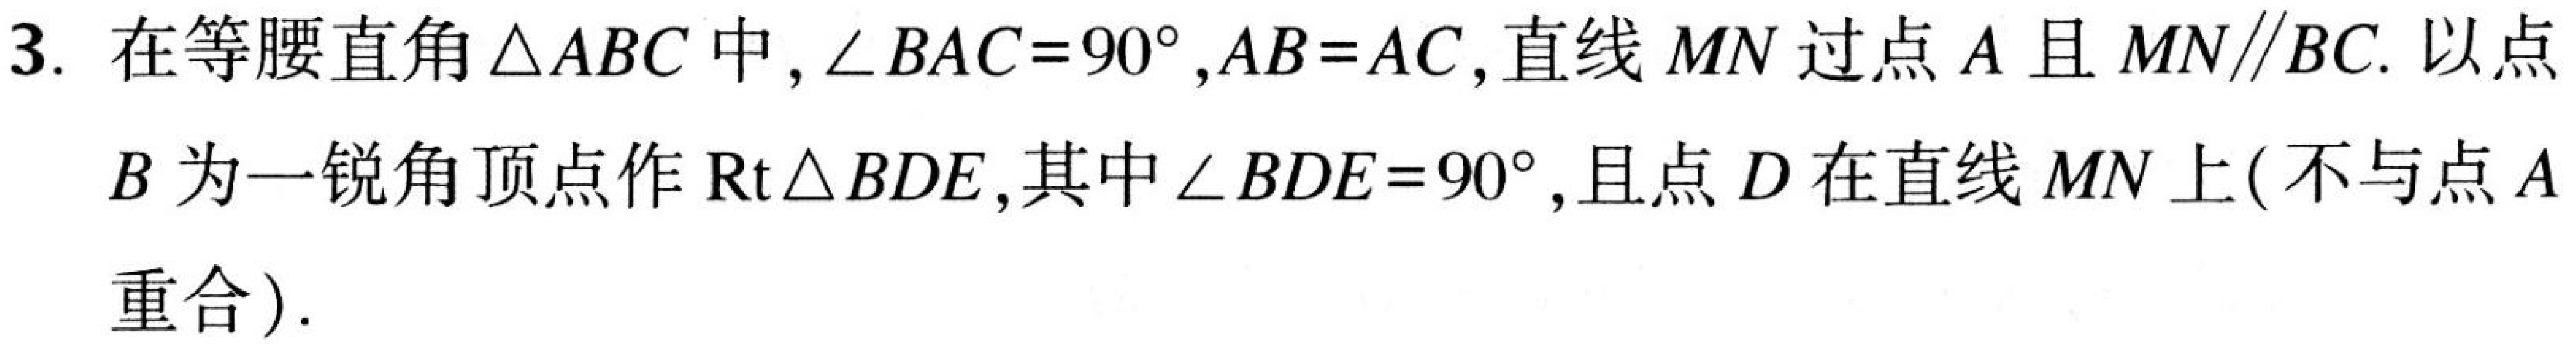
3. 在等腰直角\(\triangle ABC\)中，\(\angle BAC = 90^{\circ}\)，\(AB = AC\)，直线 \(MN\) 过点 \(A\) 且 \(MN\parallel BC\). 以点
\(B\) 为一锐角顶点作 \(\text{Rt}\triangle BDE\)，其中\(\angle BDE = 90^{\circ}\)，且点 \(D\) 在直线 \(MN\) 上(不与点 \(A\)
重合).